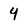
Character: 4